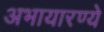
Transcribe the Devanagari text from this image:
अभायारण्ये